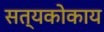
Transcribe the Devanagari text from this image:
सत्यकोकाय